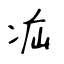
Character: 疝